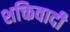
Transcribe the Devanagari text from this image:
शक्तिवादी